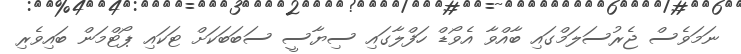
ނަމަވެސް ޖެރުސަލަމްގައި ބާއްވާ އެވޯޑް ހަފްލާގައި ސިޔާސީ ސަބަބަކަށް ޓަކައި ޕޯޓްމަން ބައިވެރި